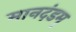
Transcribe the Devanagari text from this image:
मानदंडम्